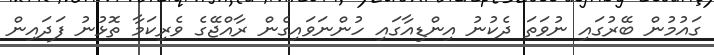
ގައުމުން ބޭރުގައި ނުވަތަ ދެކުނު އިންޑިއާގައި ހުންނަވައިގެން ރާއްޖޭގެ ވެރިކަމާ ތޮޅުނު ފަދައިން